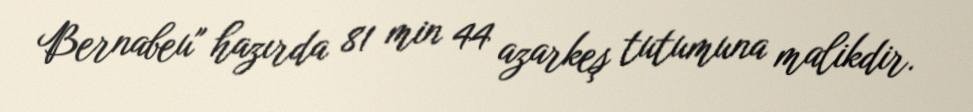
Bernabeu" hazırda 81 min 44 azarkeş tutumuna malikdir.